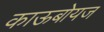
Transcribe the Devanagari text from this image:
काऊबोयज